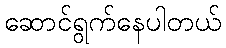
ဆောင်ရွက်နေပါတယ်